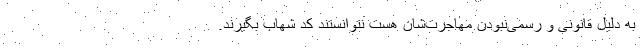
به دلیل قانونی و رسمی‌نبودن مهاجرت‌شان هست نتوانستند کد شهاب بگیرند.